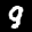
Label: 9